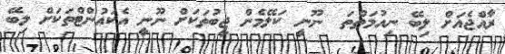
ރާއްޖެއަށް ލިބޭ ނިއުމަތްތަ  ނޫނީ ކަލޭމެން ޖީބުތަކަށް ނޫނީ އެކައުންޓްތަކަށް ލިބޭ